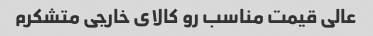
عالی قیمت مناسب رو کالای خارجی متشکرم